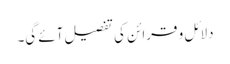
دلائل و قرائن کی تفصیل آئے گی۔